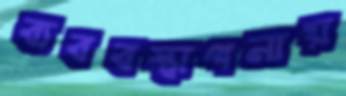
ব্যববস্থাপনায়